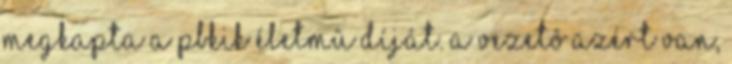
megkapta a PBKIK Életmû Díját. A vezetô azért van,